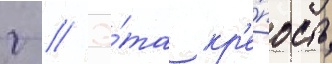
г // Э́та кр'е́пость